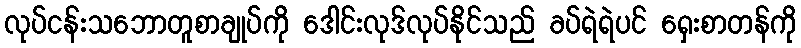
လုပ်ငန်းသဘောတူစာချုပ်ကို ဒေါင်းလုဒ်လုပ်နိုင်သည် ခပ်ရဲရဲပင် ရှေးစာတန်ကို